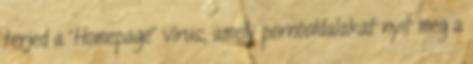
terjed a "Homepage" vírus, amely pornóoldalakat nyit meg a